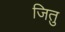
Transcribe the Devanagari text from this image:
जितु